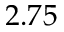
2 . 7 5